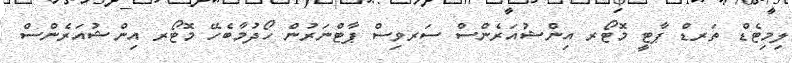
ލިމިޓެޑް ތަރޑް ޕާޓީ މޮޓޯރ އިންޝުއަރެންސް ސަރވިސް ޕާޓްނަރުން ހޯދުމާބެހޭ މޮޓޯރ އިންޝުއަރެންސް